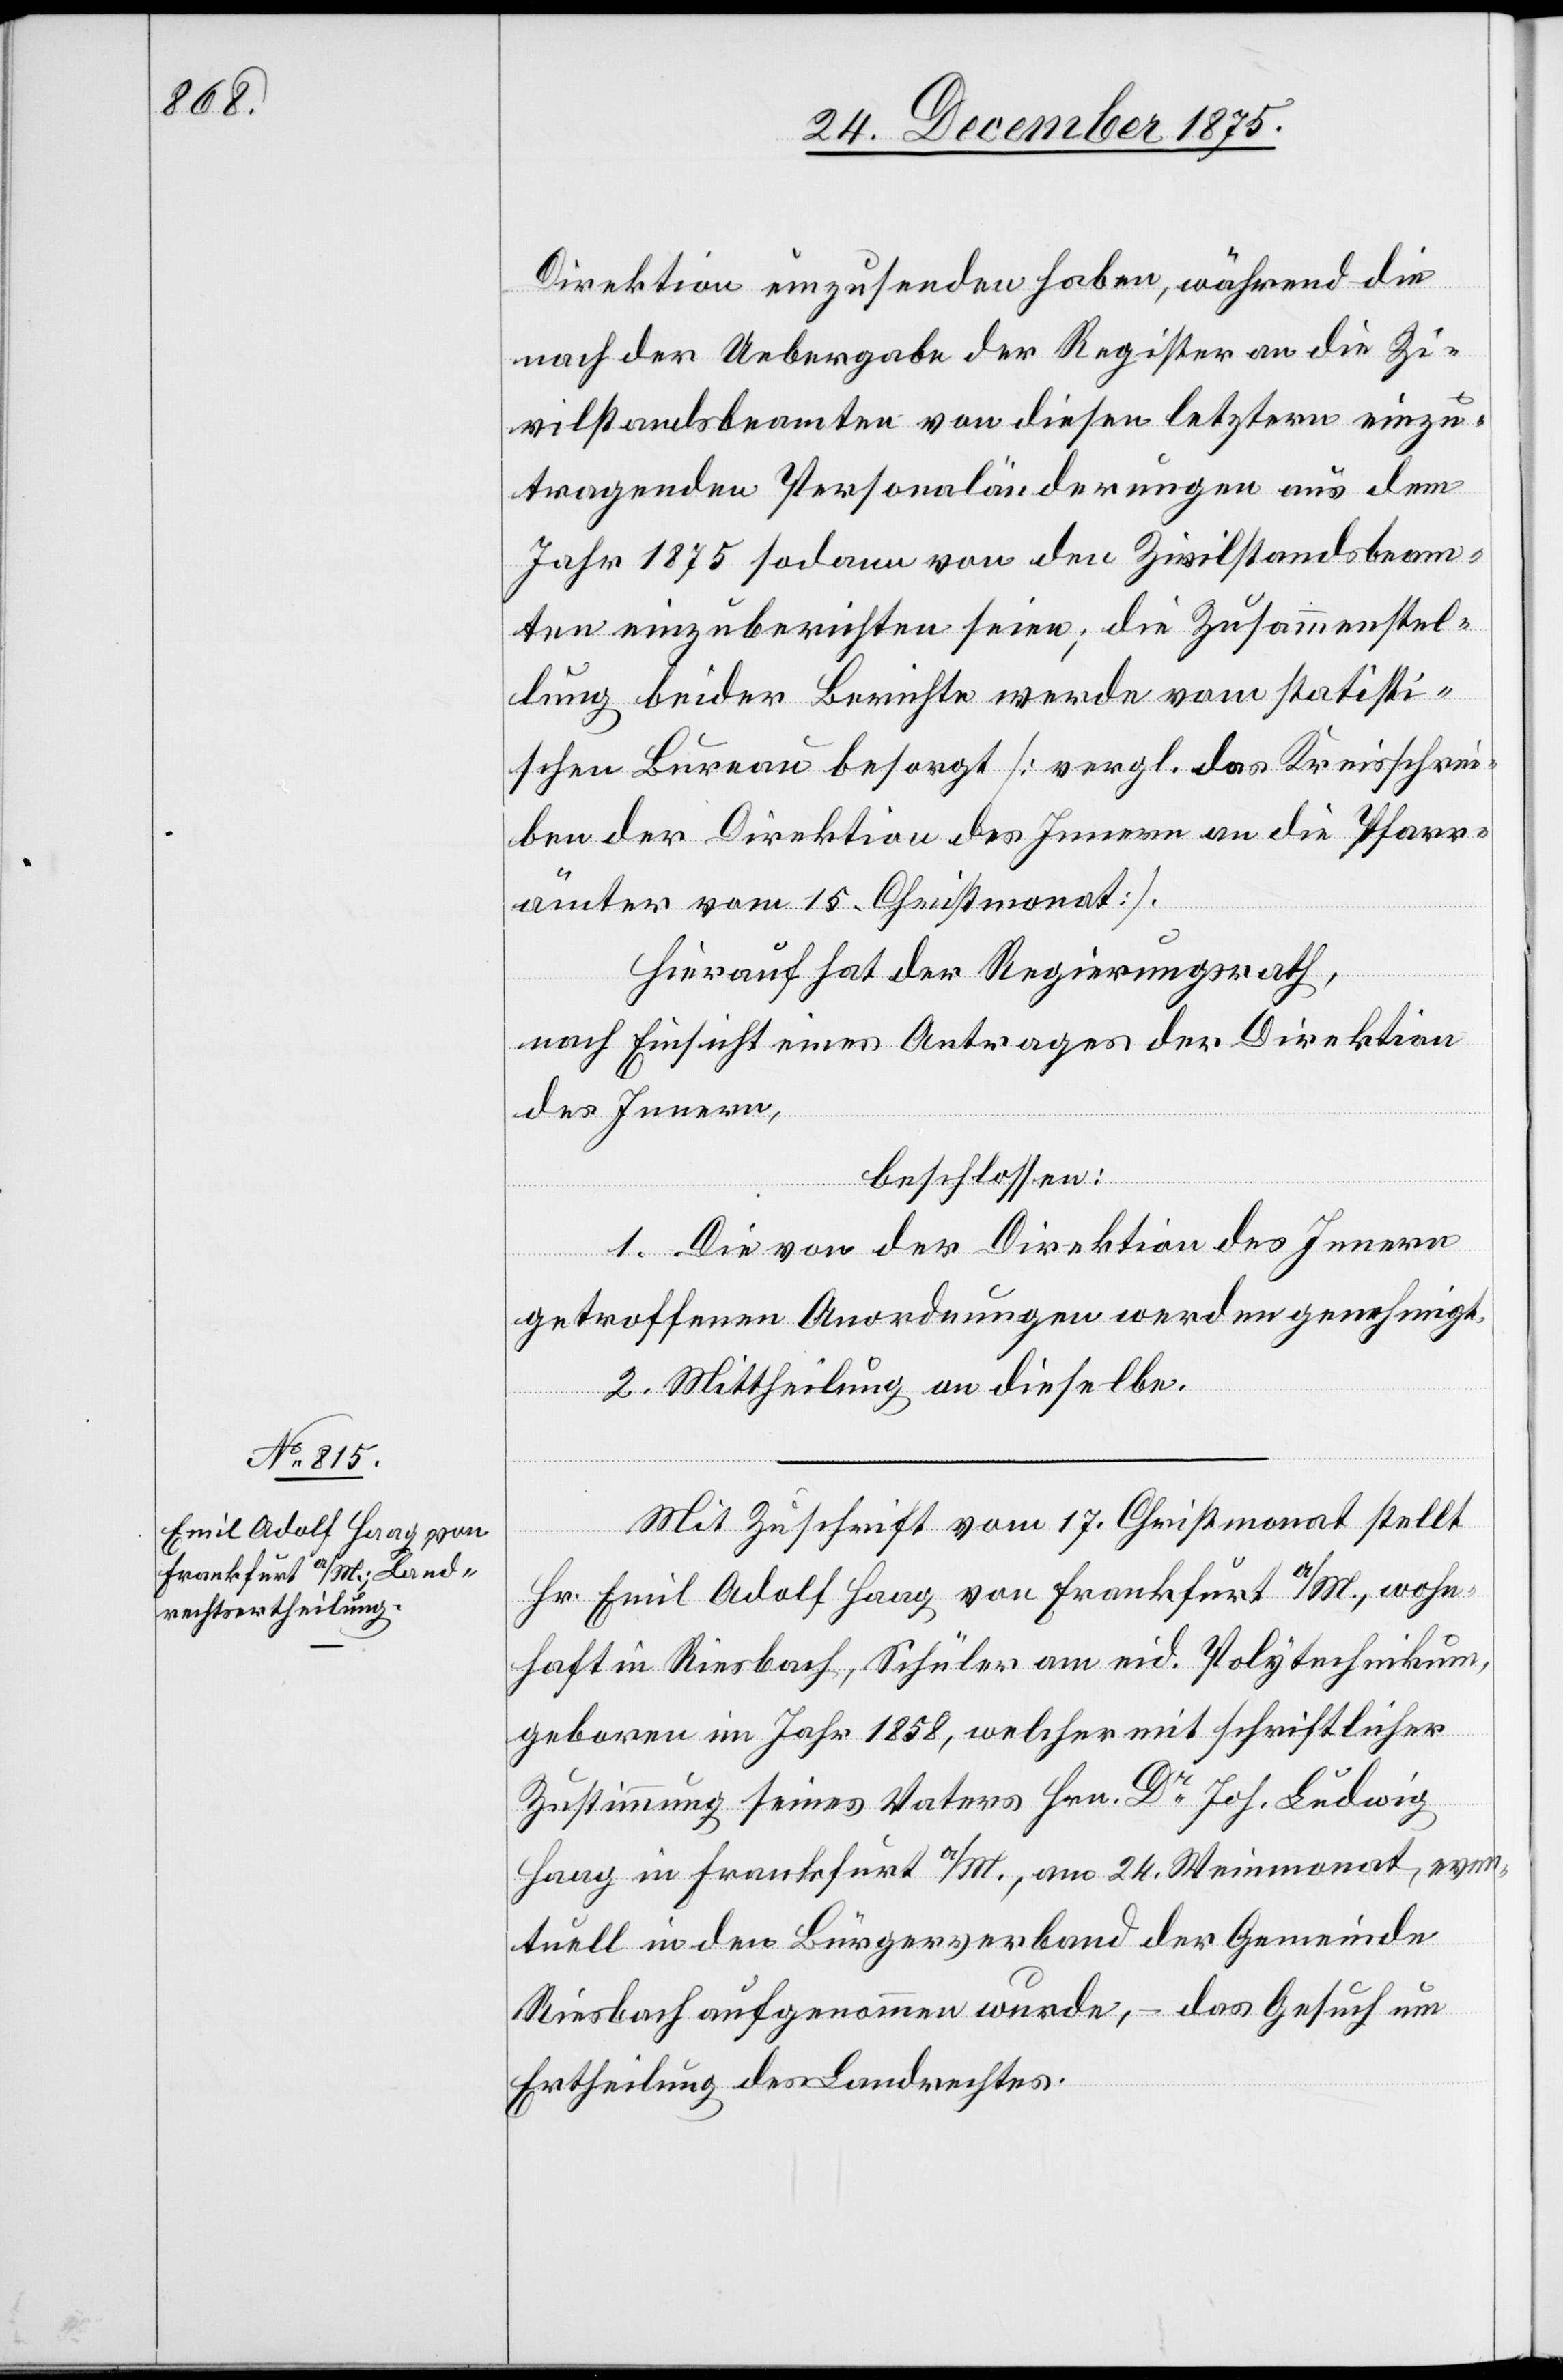
Direktion einzusenden haben, während die
nach der Uebergabe der Register an die Zi¬
vilstandsbeamten von diesen letztern einzu¬
tragenden Personaländerungen aus dem
Jahr 1875 sodann von den Zivilstandsbeam¬
ten einzuberichten seien; die Zusammenstel¬
lung beider Berichte werde vom statisti¬
schen Bureau besorgt [vergl. das Kreisschrei¬
ben der Direktion des Innern an die Pfarr¬
ämter vom 15. Christmonat].
Hierauf hat der Regierungsrath,
nach Einsicht eines Antrages der Direktion
des Innern,
beschlossen:
1. Die von der Direktion des Innern
getroffenen Anordnungen werden genehmigt.
2. Mittheilung an dieselbe.
Mit Zuschrift vom 17. Christmonat stellt
Hr. Emil Adolf Haag von Frankfurt a/M., wohn¬
haft in Riesbach, Schüler am eid. Polytechnikum,
geboren im Jahr 1858, welcher mit schriftlicher
Zustimmung seines Vaters Hrn. Dr Joh. Ludwig
Haag in Frankfurt a/M., am 24. Weinmonat, even¬
tuell in den Bürgerverband der Gemeinde
Riesbach aufgenommen wurde, – das Gesuch um
Ertheilung des Landrechtes.